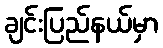
ချင်းပြည်နယ်မှာ